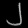
Digit: ၂